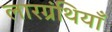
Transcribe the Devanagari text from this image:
लारग्रंथियाँ